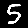
Digit: 5